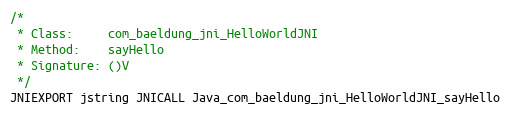
Language: C
/*
 * Class:     com_baeldung_jni_HelloWorldJNI
 * Method:    sayHello
 * Signature: ()V
 */
JNIEXPORT jstring JNICALL Java_com_baeldung_jni_HelloWorldJNI_sayHello